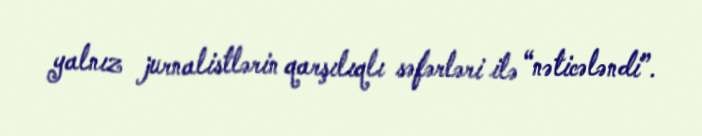
yalnız jurnalistlərin qarşılıqlı səfərləri ilə “nəticələndi”.